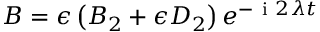
B = \epsilon \left( B _ { 2 } + \epsilon D _ { 2 } \right) e ^ { - \mathrm { ~ i ~ } 2 \lambda t }